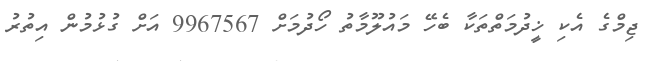
ޖިމްގެ އެކި ޚީދުމަތްތަކާ ބެހޭ މައުލޫމާތު ހޯދުމަށް 9967567 އަށް ގުޅުމުން އިތުރު